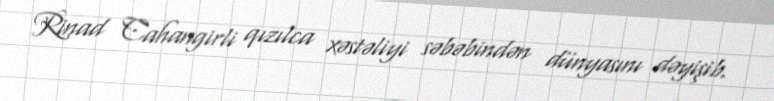
Rinad Cahangirli qızılca xəstəliyi səbəbindən dünyasını dəyişib.